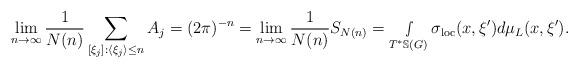
LaTeX: \begin{align*} \lim_{n\rightarrow\infty}\frac{1}{N(n)}\sum_{[\xi_j]:\langle \xi_j\rangle\leq n } A_j=(2\pi)^{-n}= \lim_{n\rightarrow\infty}\frac{1}{N(n)}S_{N(n)} =\smallint\limits_{T^*\mathbb{S}(G)}\sigma_{\textnormal{loc}}(x,\xi')d\mu_L(x,\xi').\end{align*}